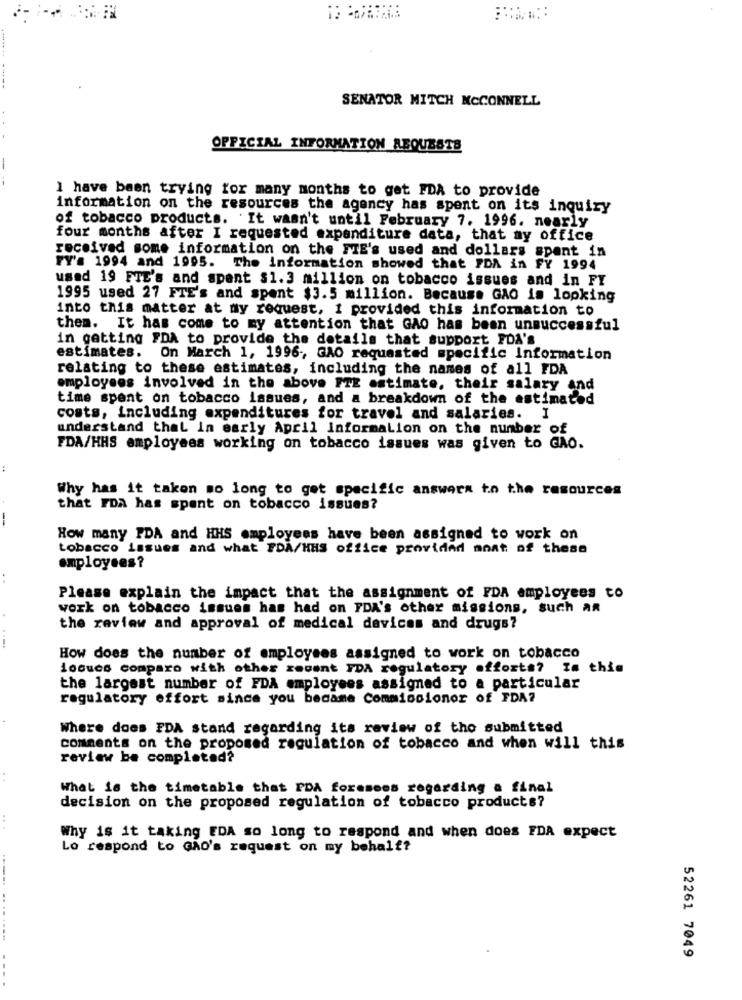
SENATOR MITCH MCCONNELL
OFFICIAL INFORMATION ABQUESTS
-
I have been trying for many months to get FDA to provide
information on the resources the agency has spent on its inquiry
of tobacco products. It wasn't until February 7. 1996. nearly
four months after I requested expenditure data, that my office
received some information on the FTE's used and dollars spent in
FY': 1994 and 1995.
The information showed that PDA in FY 1994
used 19 FTE's and spent $1.3 million on tobacco issues and in FY
1995 used 27 FTE's and spent $3.5 million. Because GAO is looking
into this matter at my request, I provided this information to
then. It has come to my attention that GAO has been unsuccessful
in getting FDA to provide the details that support FDA's
estimates. On March 1, 1996 -, GAO requested specific Information
relating to these estimates, including the names of all FDA
employees involved in the above FTE estimate, their salary and
time spent on tobacco issues, and a breakdown of the estimated
costs, including expenditures for travel and salaries. I
understand that in early April Information on the number of
FDA/HHS employees working on tobacco issues was given to GAO.
.4
Why has it taken so long to get specific answers to the resources
that FDA has spent on tobacco issues?
--
How many PDA and HHS employees have been assigned to work on
tobacco issues and what FDA/HHS office provided mnat of these
employees?
..
Please explain the impact that the assignment of FDA employees to
work on tobacco issues has had on FDA's other missions, such An
the review and approval of medical devices and drugs?
How does the number of employees assigned to work on tobacco
losucs comparo with other recent FDA regulatory efforts? Im thie
the largest number of FDA employees assigned to a particular
regulatory effort since you became Commissionor of FDA7
Where does FDA stand regarding its review of tho submitted
comments on the proposed regulation of tobacco and when will this
review be completed?
What is the timetable that PDA foresses regarding a final
decision on the proposed regulation of tobacco products?
Why is it taking EDA so long to respond and when does FDA expect
Lo respond to GÃO's request on my behalf?
...
52261 7049